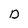
Character: D